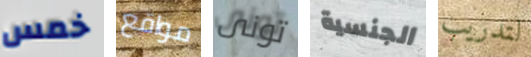
خمس مواقع تونى الجنسية لتدريب